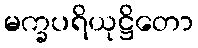
မက္ခပရိယုဋ္ဌိတော